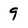
Character: 9